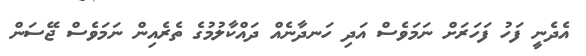
އެދެނީ ފަހު ފަހަރަށް ނަމަވެސް އަދި ހަނދާނެއް ދައްކާލުމުގެ ތެރެއިން ނަމަވެސް ޖޭސަން